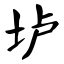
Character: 垆